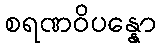
စရဏဝိပန္နော